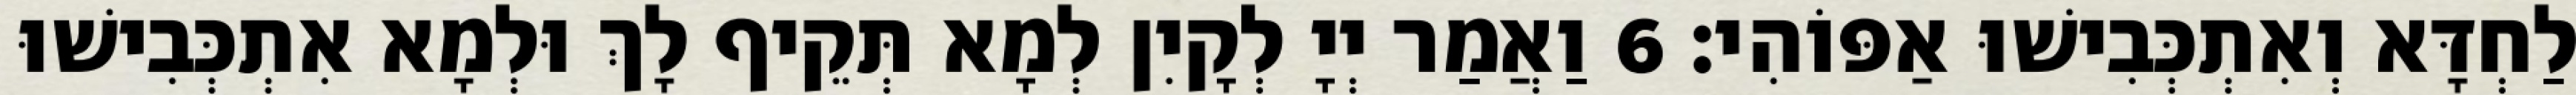
לַחְדָּא וְאִתְכְּבִישׁוּ אַפּוֹהִי׃ 6 וַאֲמַר יְיָ לְקָיִן לְמָא תְּקֵיף לָךְ וּלְמָא אִתְכְּבִישׁוּ